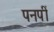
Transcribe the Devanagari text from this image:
पनपीं